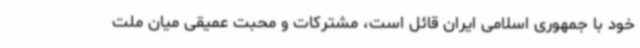
خود با جمهوری اسلامی ایران قائل است، مشترکات و محبت عمیقی میان ملت